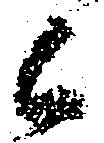
候